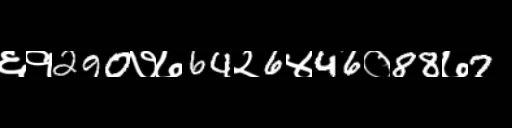
Text: ६१290७७64२6४46०88७7